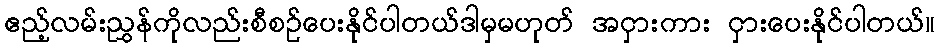
ဧည့်လမ်းညွှန်ကိုလည်းစီစဉ်ပေးနိုင်ပါတယ်ဒါမှမဟုတ် အငှားကား ငှားပေးနိုင်ပါတယ်။